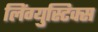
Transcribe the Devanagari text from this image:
लिंग्युस्टिक्स